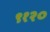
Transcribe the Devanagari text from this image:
९१२०